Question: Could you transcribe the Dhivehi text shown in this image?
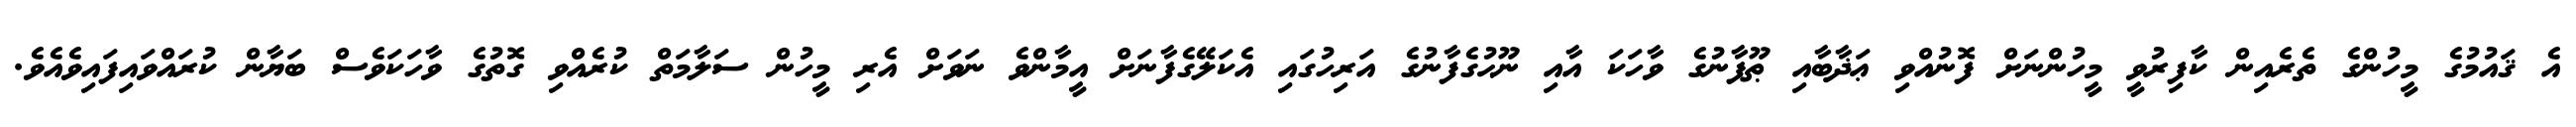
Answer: އެ ޤައުމުގެ މީހުންގެ ތެރެއިން ކާފިރުވީ މީހުންނަށް ފޮނުއްވި ޢަޛާބާއި ޠޫފާނުގެ ވާހަކަ އާއި ނޫޙުގެފާނުގެ އަރިހުގައި އެކަލޭގެފާނަށް އީމާންވެ ނަވަށް އެރި މީހުން ސަލާމަތް ކުރެއްވި ގޮތުގެ ވާހަކަވެސް ބަޔާން ކުރައްވައިފައިވެއެވެ.